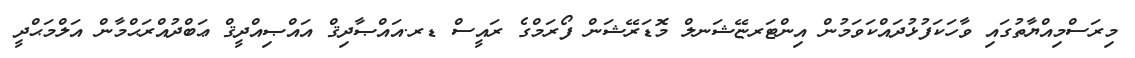
މިރަސްމިއްޔާތުގައި ވާހަކަފުޅުދައްކަވަމުން އިންޓަރޏޭޝަނލް މޮޑަރޭޝަން ފޯރަމްގެ ރައީސް ޑރ.އައްޞާދިޤް އައްޞިއްދީޤް ޢަބްދުއްރަޙްމާން އަލްމަޙްދީ